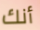
أنك